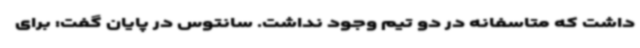
داشت که متاسفانه در دو تیم وجود نداشت. سانتوس در پایان گفت: برای